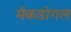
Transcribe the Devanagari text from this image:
मॅकडोगल